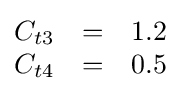
{\begin{matrix}C_{t3}&=&1.2\\C_{t4}&=&0.5\end{matrix}}